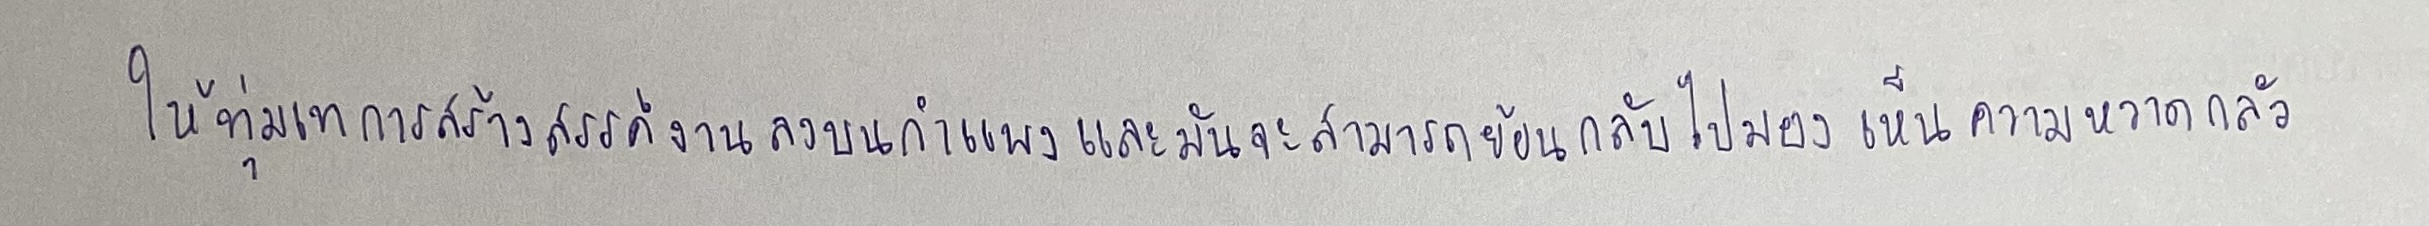
ให้ทุ่มเทการสร้างสรรค์งานลงบนกำแพงและมันจะสามารถย้อนกลับไปมองเห็นความหวาดกลัว